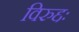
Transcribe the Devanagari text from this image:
विरुद्दः